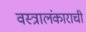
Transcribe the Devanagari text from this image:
वस्त्रालंकाराची